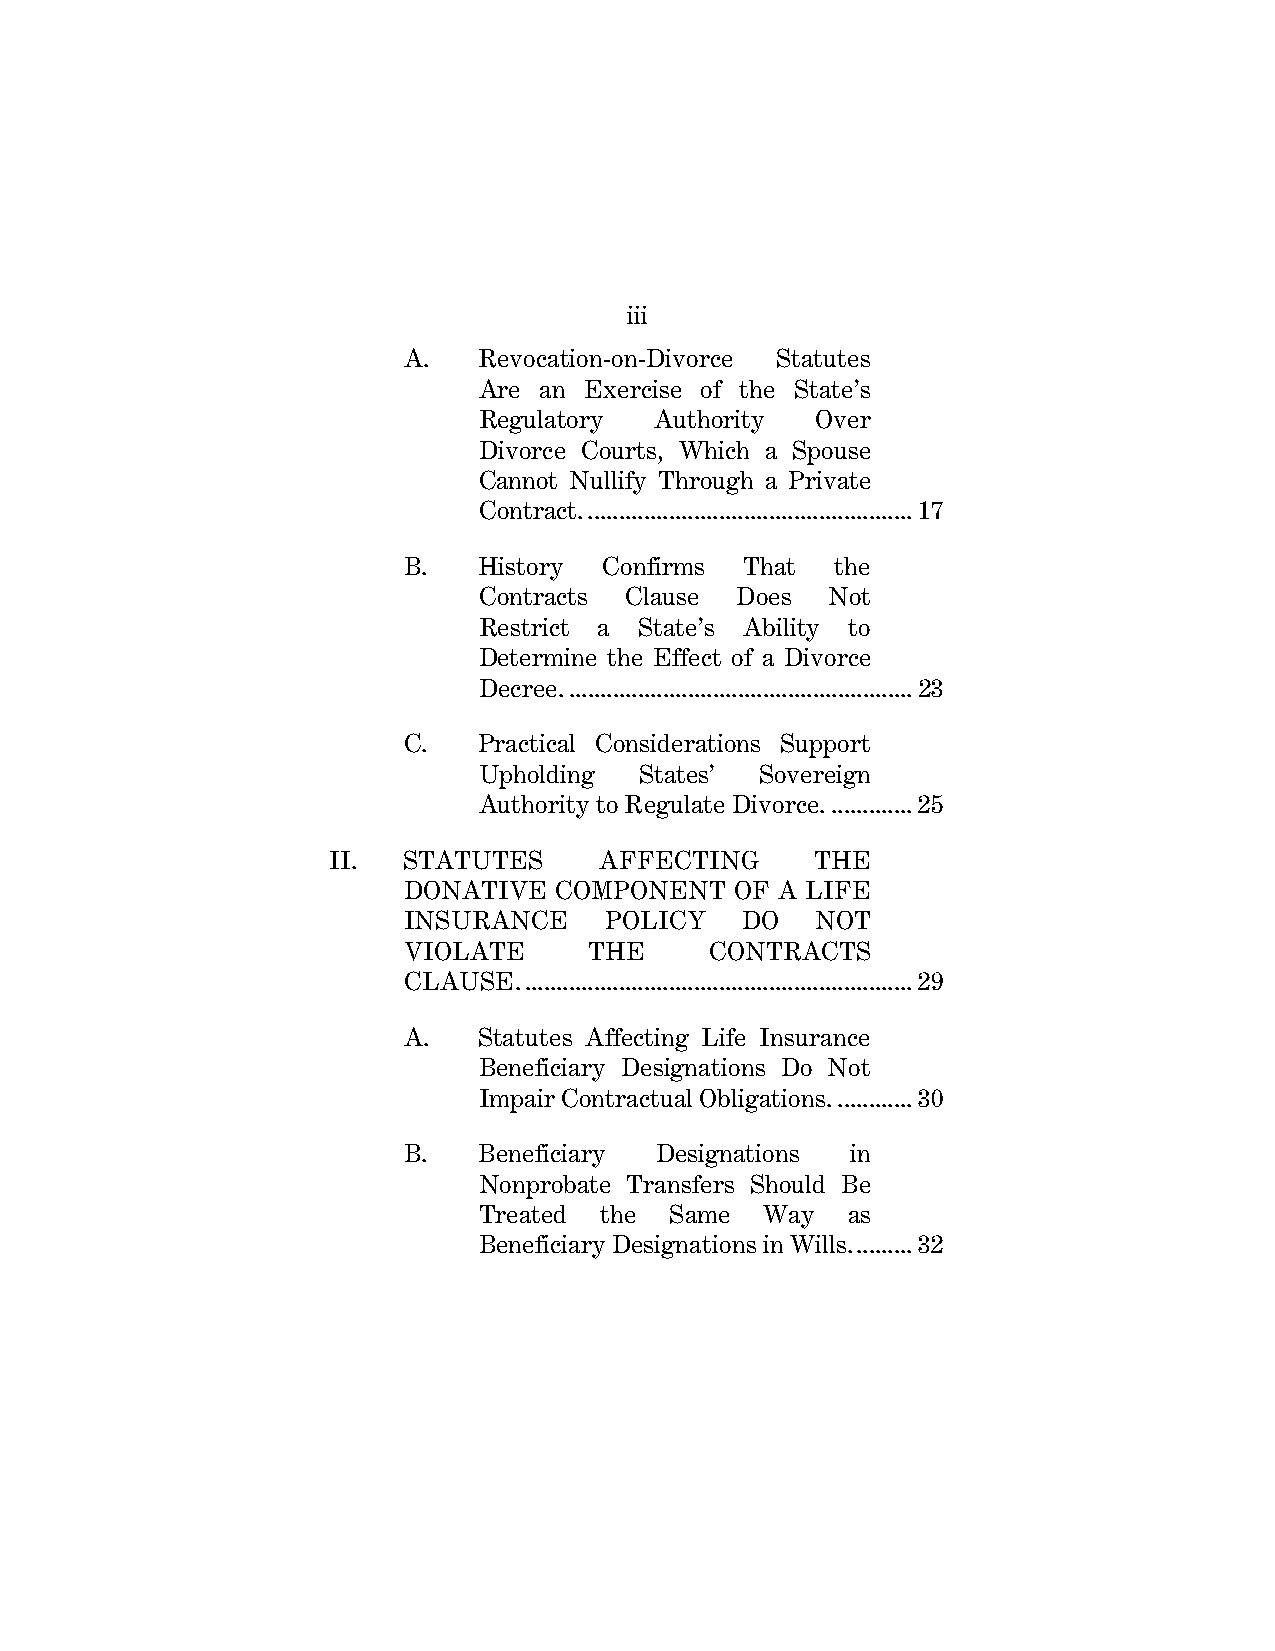
iii
 A.   Revocation-on-Divorce Statutes
 Are an Exercise of the State’s
 Regulatory Authority  Over
 Divorce Courts, Which a Spouse
 Cannot Nullify Through a Private
 Contract. .................................................... 17
 B.   History Confirms That  the
 Contracts Clause Does  Not
 Restrict a State’s Ability to
 Determine the Effect of a Divorce
 Decree. ....................................................... 23
 C.   Practical Considerations Support
 Upholding States’ Sovereign
 Authority to Regulate Divorce. ............. 25
 II.  STATUTES     AFFECTING     THE
 DONATIVE  COMPONENT   OF A LIFE
 INSURANCE    POLICY   DO   NOT
 VIOLATE     THE     CONTRACTS
 CLAUSE. .............................................................. 29
 A.   Statutes Affecting Life Insurance
 Beneficiary Designations Do Not
 Impair Contractual Obligations. ............ 30
 B.   Beneficiary Designations in
 Nonprobate Transfers Should Be
 Treated the Same   Way  as
 Beneficiary Designations in Wills. ......... 32